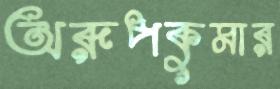
অরূপকুমার